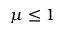
\mu \le 1